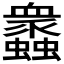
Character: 𧕠